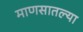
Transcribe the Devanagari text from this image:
माणसातल्या